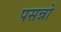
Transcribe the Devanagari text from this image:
पसन्नो